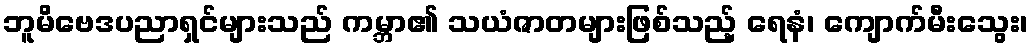
ဘူမိဗေဒပညာရှင်များသည် ကမ္ဘာ၏ သယံဇာတများဖြစ်သည့် ရေနံ၊ ကျောက်မီးသွေး၊